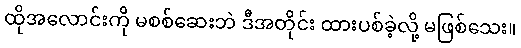
ထိုအလောင်းကို မစစ်ဆေးဘဲ ဒီအတိုင်း ထားပစ်ခဲ့လို့ မဖြစ်သေး။